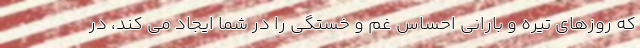
که روزهای تیره و بارانی احساس غم و خستگی را در شما ایجاد می کند، در